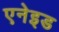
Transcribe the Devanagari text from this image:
एनेइड